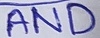
Text: AND